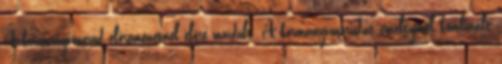
A kormányvonórúd előremenetnél előre mozdult. A kormányvonórudat emeltyűvel kombinált